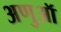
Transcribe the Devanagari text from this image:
अणुऑ